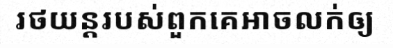
រថយន្តរបស់ពួកគេអាចលក់ឲ្យ